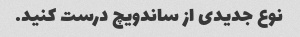
نوع جدیدی از ساندویچ درست کنید.